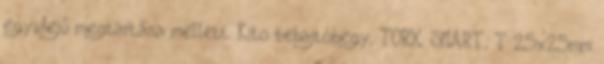
egyidejű megtartása mellett. Kito behajtóhegy, TORX, SMART; T 25×25mm